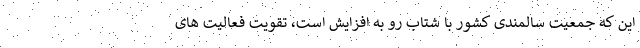
این که جمعیت سالمندی کشور با شتاب رو به افزایش است، تقویت فعالیت های